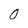
Character: 0